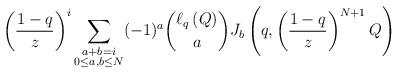
LaTeX: \begin{align*} \left( \frac{1-q}{z} \right)^i \sum_{\substack{ a + b = i \\ 0 \leq a, b \leq N }} (-1)^a \binom{\ell_q \left(Q \right)}{a} J_b \left( q,\left( \frac{1-q}{z}\right)^{N+1} Q \right) \end{align*}